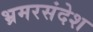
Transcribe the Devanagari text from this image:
भ्रमरसंदेश